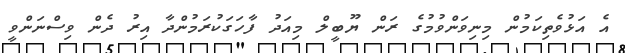
އެ އަޅުވެތިކަމުން މިނިވަންވުމުގެ ރަން ޔޫބީލް މިއަދު ފާހަގަކުރަމުންދާ އިރު ދެން ވިސްނަންވީ